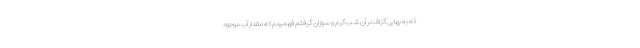
که به بهایی گزاف در آن شب گرم و سوزان گرفتم فهمیدم که مقدار آب موجود